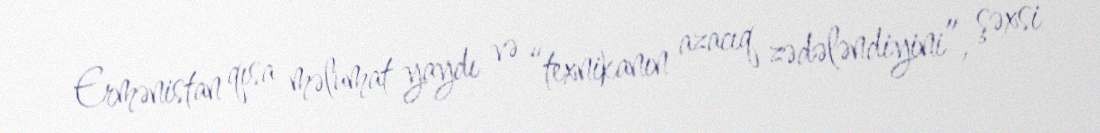
Ermənistan qısa məlumat yaydı və “texnikanın azacıq zədələndiyini”, şəxsi